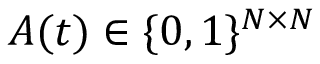
A ( t ) \in \{ 0 , 1 \} ^ { N \times N }